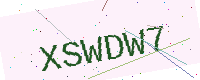
Text: XSWDW7